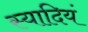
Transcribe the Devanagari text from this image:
स्यादियं